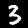
Label: 3